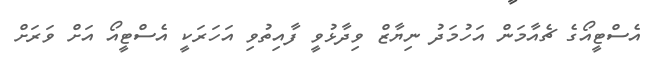
އެސްޓީއޯގެ ޗެއާމަން އަހުމަދު ނިޔާޒް ވިދާޅުވީ ފާއިތުވި އަހަރަކީ އެސްޓީއޯ އަށް ވަރަށް